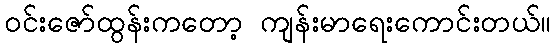
ဝင်းဇော်ထွန်းကတော့ ကျန်းမာရေးကောင်းတယ်။